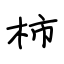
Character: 柿